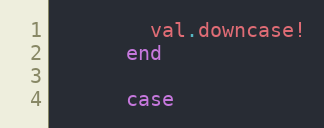
Language: Ruby
        val.downcase!
      end

      case